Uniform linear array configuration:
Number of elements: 12
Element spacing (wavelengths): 0.75
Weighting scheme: hamming
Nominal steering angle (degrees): -15
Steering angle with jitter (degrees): -16.476
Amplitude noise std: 0.05
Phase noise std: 0.05

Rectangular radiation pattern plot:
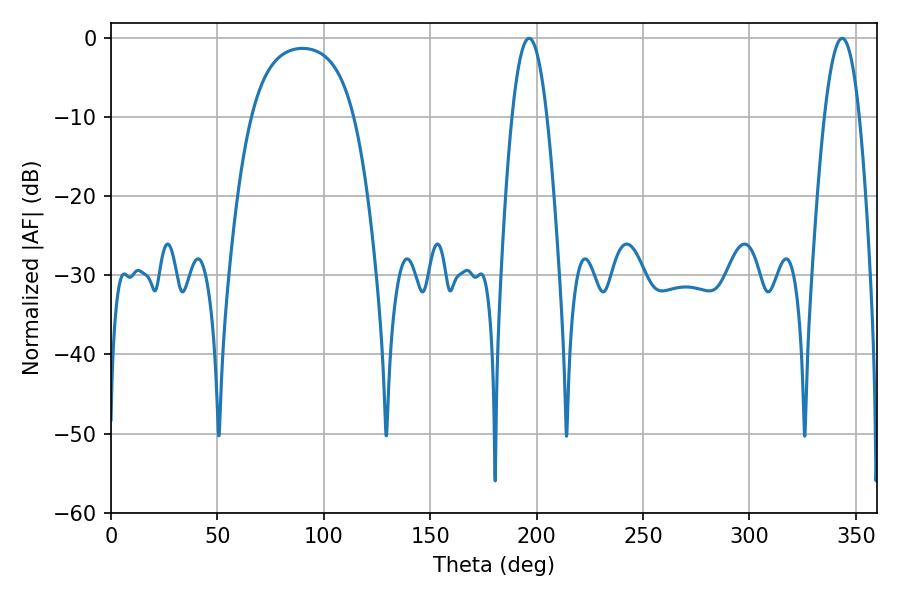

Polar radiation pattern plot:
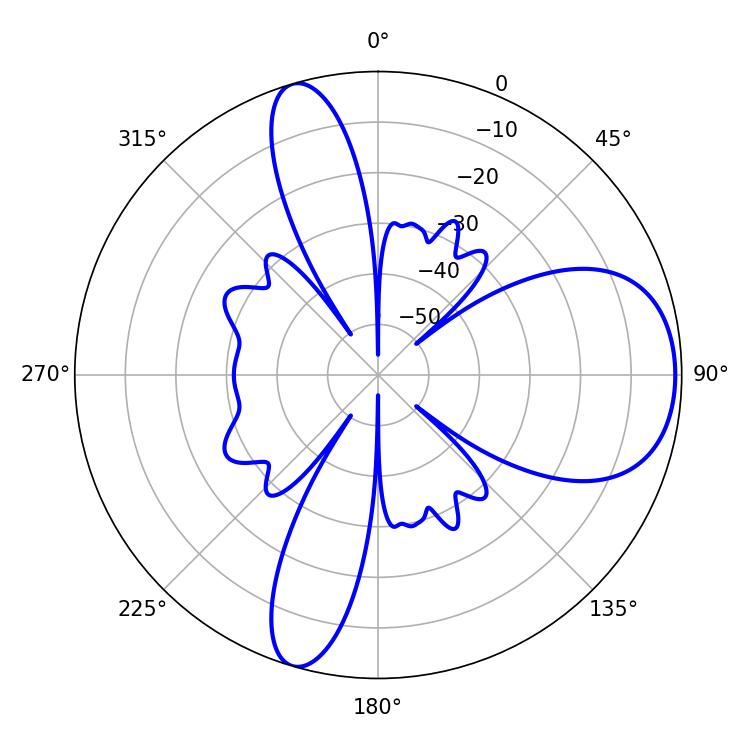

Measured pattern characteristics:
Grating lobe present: TRUE
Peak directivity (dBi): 7.949
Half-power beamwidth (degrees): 9
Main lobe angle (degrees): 196.38